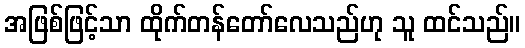
အဖြစ်ဖြင့်သာ ထိုက်တန်တော်လေသည်ဟု သူ ထင်သည်။